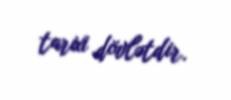
tarixi dövlətdir.